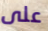
على